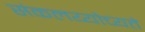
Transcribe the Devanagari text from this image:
संकलय्योच्यते